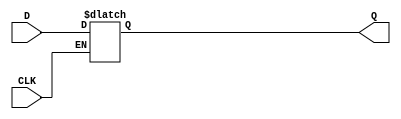
module LATCH1(CLK,D,Q);
	output Q;
	input CLK,D;
	reg Q;
	always@(D or CLK)
	if(CLK) Q<=D;
endmodule